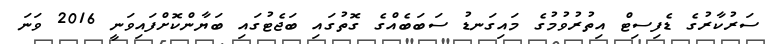
ސަރުކާރުގެ ޑެފިސިޓް އިތުރުވުމުގެ މައިގަނޑު ސަބަބެއްގެ ގޮތުގައި ބަޖެޓުގައި ބަޔާންކޮށްފައިވަނީ 2016 ވަނަ